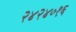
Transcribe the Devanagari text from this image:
२४२४०१६